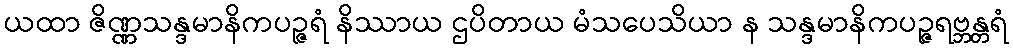
ယထာ ဇိဏ္ဏသန္ဒမာနိကပဉ္ဇရံ နိဿာယ ဌပိတာယ မံသပေသိယာ န သန္ဒမာနိကပဉ္ဇရဗ္ဘန္တရံ